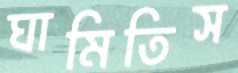
ঘামিতিস